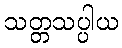
သတ္တသပ္ပါယ